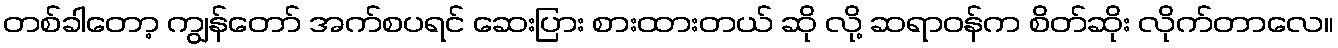
တစ်ခါတော့ ကျွန်တော် အက်စပရင် ဆေးပြား စားထားတယ် ဆို လို့ ဆရာဝန်က စိတ်ဆိုး လိုက်တာလေ။